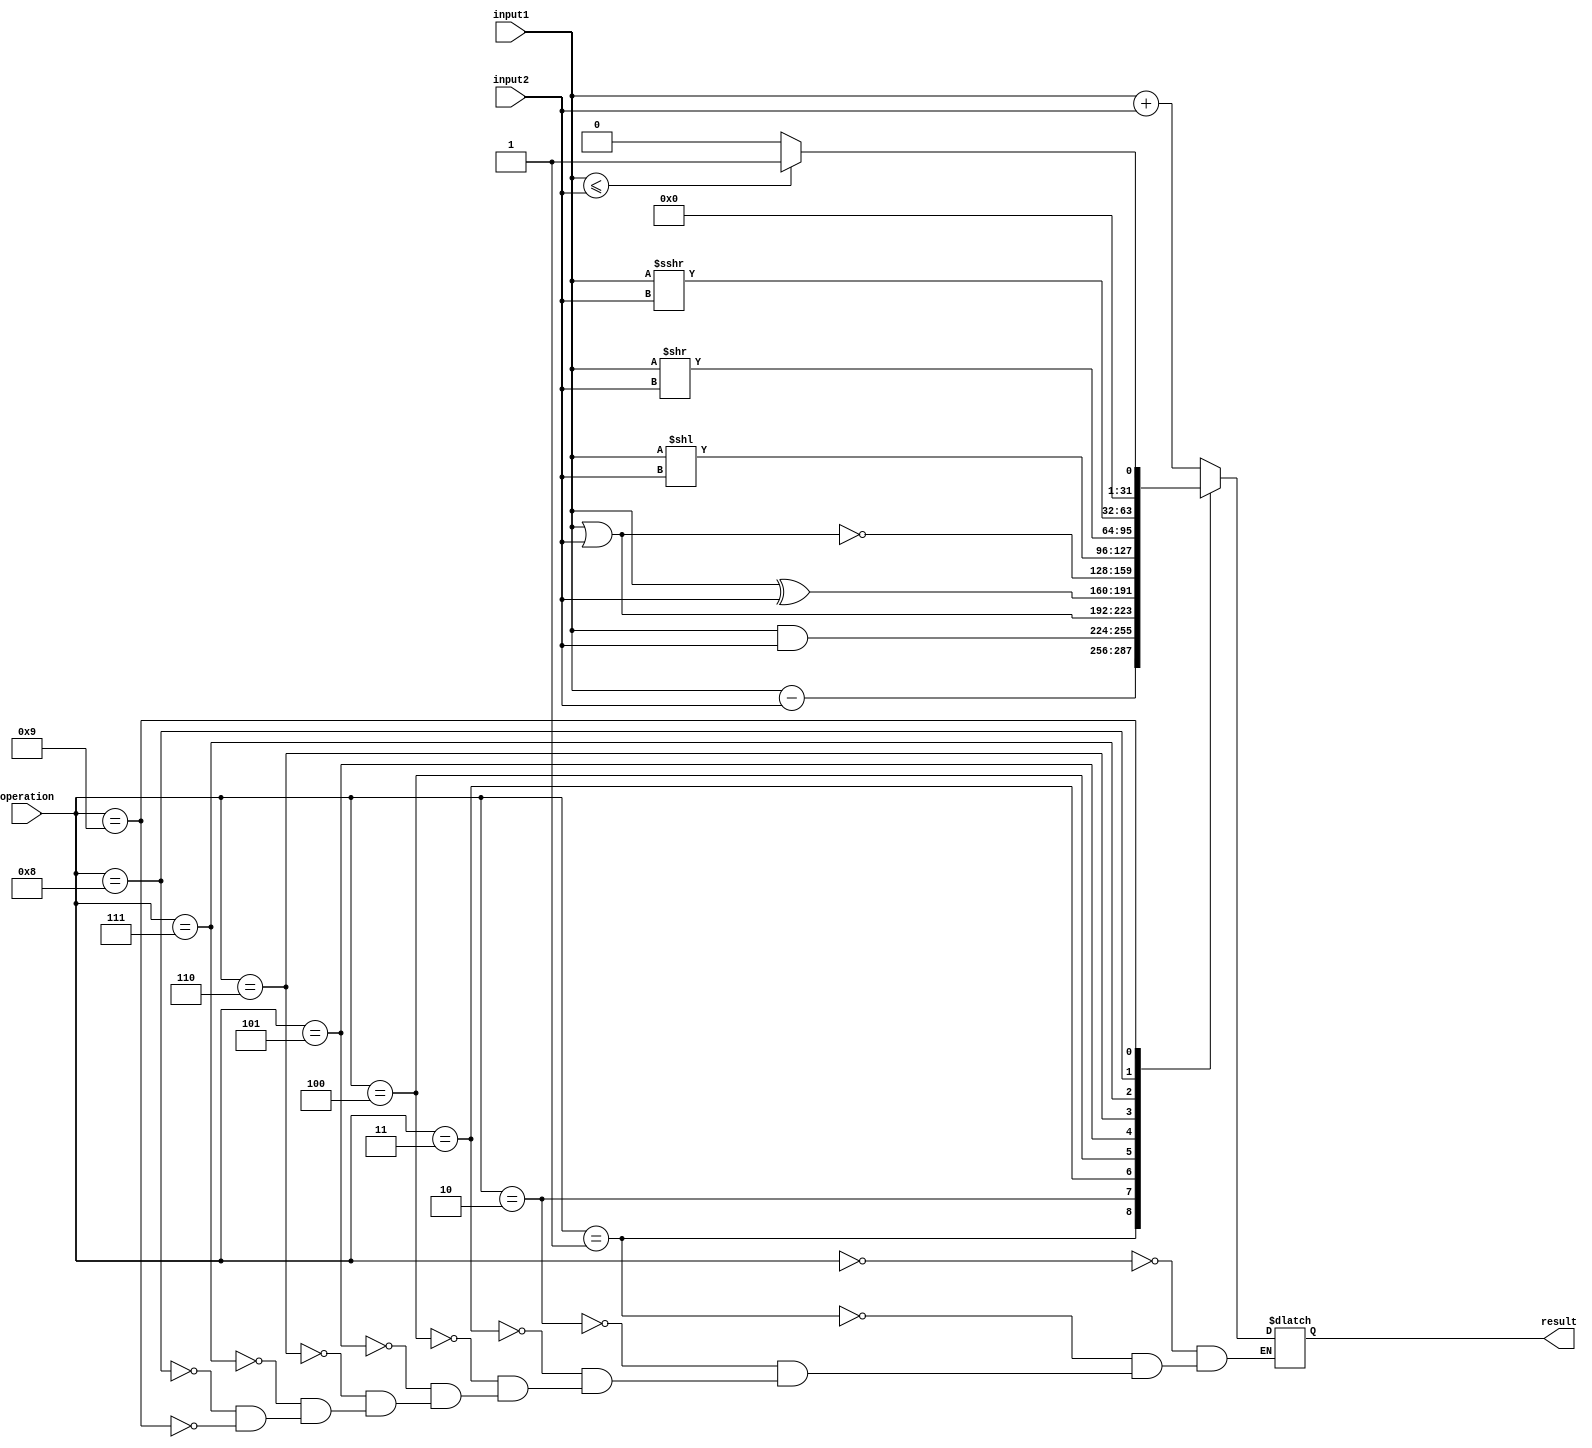
`timescale 1ns / 1ps
//////////////////////////////////////////////////////////////////////////////////
// Company: 
// Engineer: 
// 
// Design Name: 
// Module Name:    ALU 
// Project Name: 
// Target Devices: 
// Tool versions: 
// Description: 
//
// Dependencies: 
//
// Revision: 
// Revision 0.01 - File Created
// Additional Comments: 
//
//////////////////////////////////////////////////////////////////////////////////
module alu
#(parameter N=32)
(
	input signed [N-1:0] input1,
	input signed [N-1:0] input2,
	input wire [3:0]	operation,
	output reg	[N-1:0]	result
//	output reg zero
);

	

	always @(*)
	begin
		 case(operation)
		 4'b0000: 	result <= input1 + input2; // suma
		 4'b0001: 	result <= input1 - input2; //resta
		 4'b0010: 	result <= input1 & input2; //and
		 4'b0011: 	result <= input1 | input2; //or
		 4'b0100: 	result <= input1 ^ input2; //xor
		 4'b0101: 	result <= ~(input1 | input2); //nor
		 4'b0110: 	result <= input1 << input2; //shift logico izquierza 
		 4'b0111: 	result <= input1 >> input2;//shift logico derecha.
		 4'b1000: 	result <= input1 >>> input2; //shift aritmetico derecha
		 4'b1001:	begin
							if (input1 <= input2)
								result <= 1;
							else 
								result <= 0;
						end
		 default: 	result <= result;
		 endcase
		 
//		 if(result == 0)
//			zero <= 1;
//		 else
//			zero <= 0;
	end


endmodule